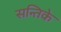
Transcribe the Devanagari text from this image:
सन्तिके